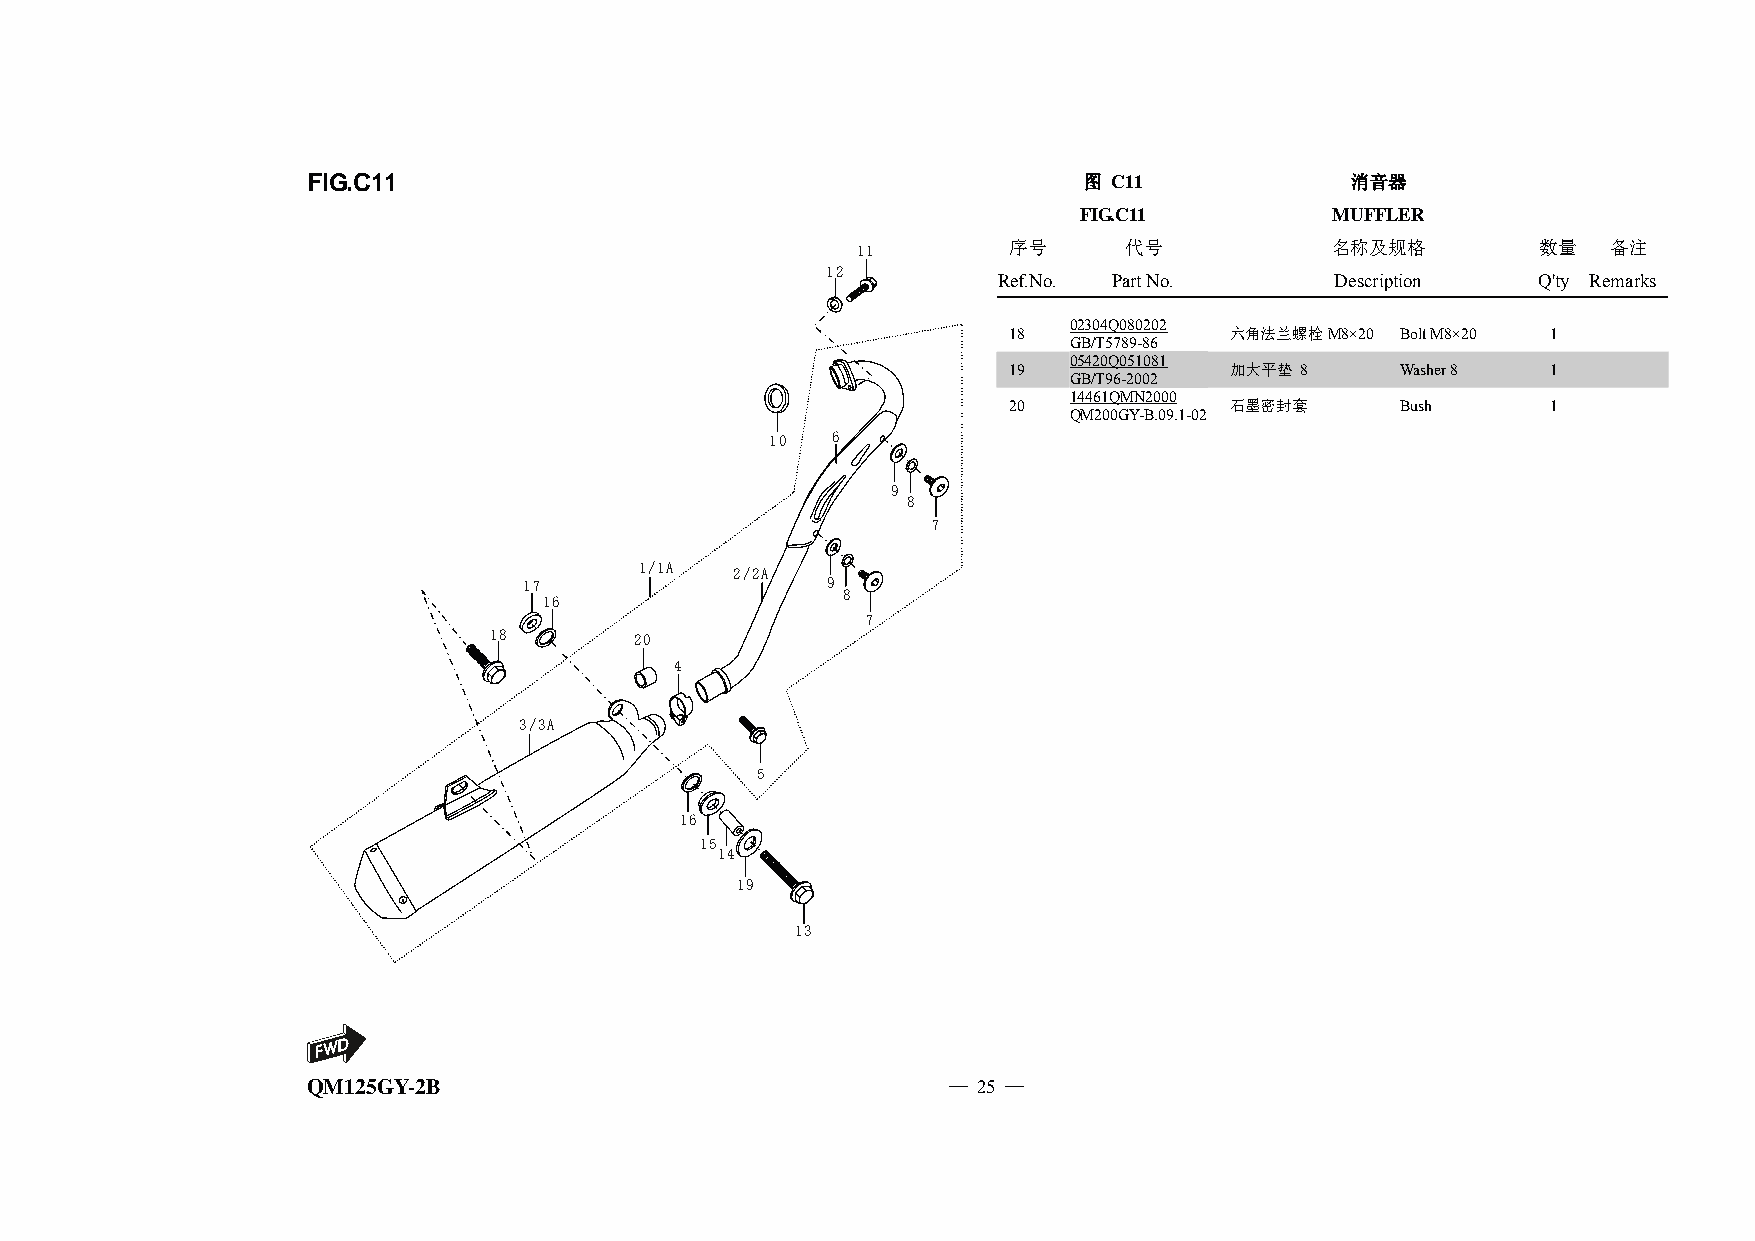
FIG.C11                                             图 C11            消音器
 FIG.C11          MUFFLER
 1111      序号     代号            名称及规格         数量   备注
 1122
 Ref.No. Part No.      Description   Q'ty Remarks
 02304Q080202
 18            六角法兰螺栓M8×20 Bolt M8×20 1
 GB/T5789-86
 05420Q051081
 19            加大平垫 8      Washer 8  1
 GB/T96-2002
 14461QMN2000
 20            石墨密封套       Bush      1
 QM200GY-B.09.1-02
 1100 66
 99
 88
 77
 1/1A   2/2A
 1177                99
 88
 16
 77
 1188      2200
 44
 3/3A
 5
 1166
 1155
 1144
 1199
 1133
 QM125GY-2B                                 — 25 —